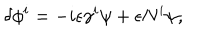
\delta \phi ^ { i } = - i \epsilon \gamma ^ { i } \psi + \epsilon N ^ { i } \psi ,